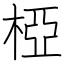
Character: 椏